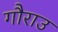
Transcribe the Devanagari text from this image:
गौराउ